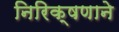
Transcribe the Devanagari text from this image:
निरिक्षणाने